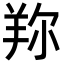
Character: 𦍴